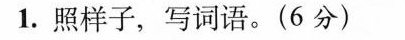
1.照样子，写词语。(6分)